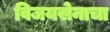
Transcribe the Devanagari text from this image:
विजयसेनाचा